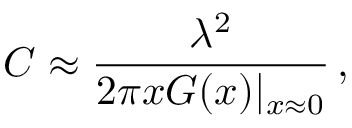
C \approx \frac { \lambda ^ { 2 } } { 2 \pi x G ( x ) | _ { x \approx 0 } } \, ,